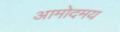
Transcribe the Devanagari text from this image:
आमोदमय